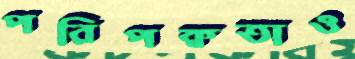
পরিপক্বতাও